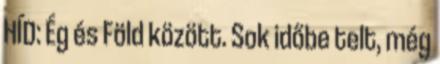
HÍD: Ég és Föld között. Sok időbe telt, még